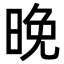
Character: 晚